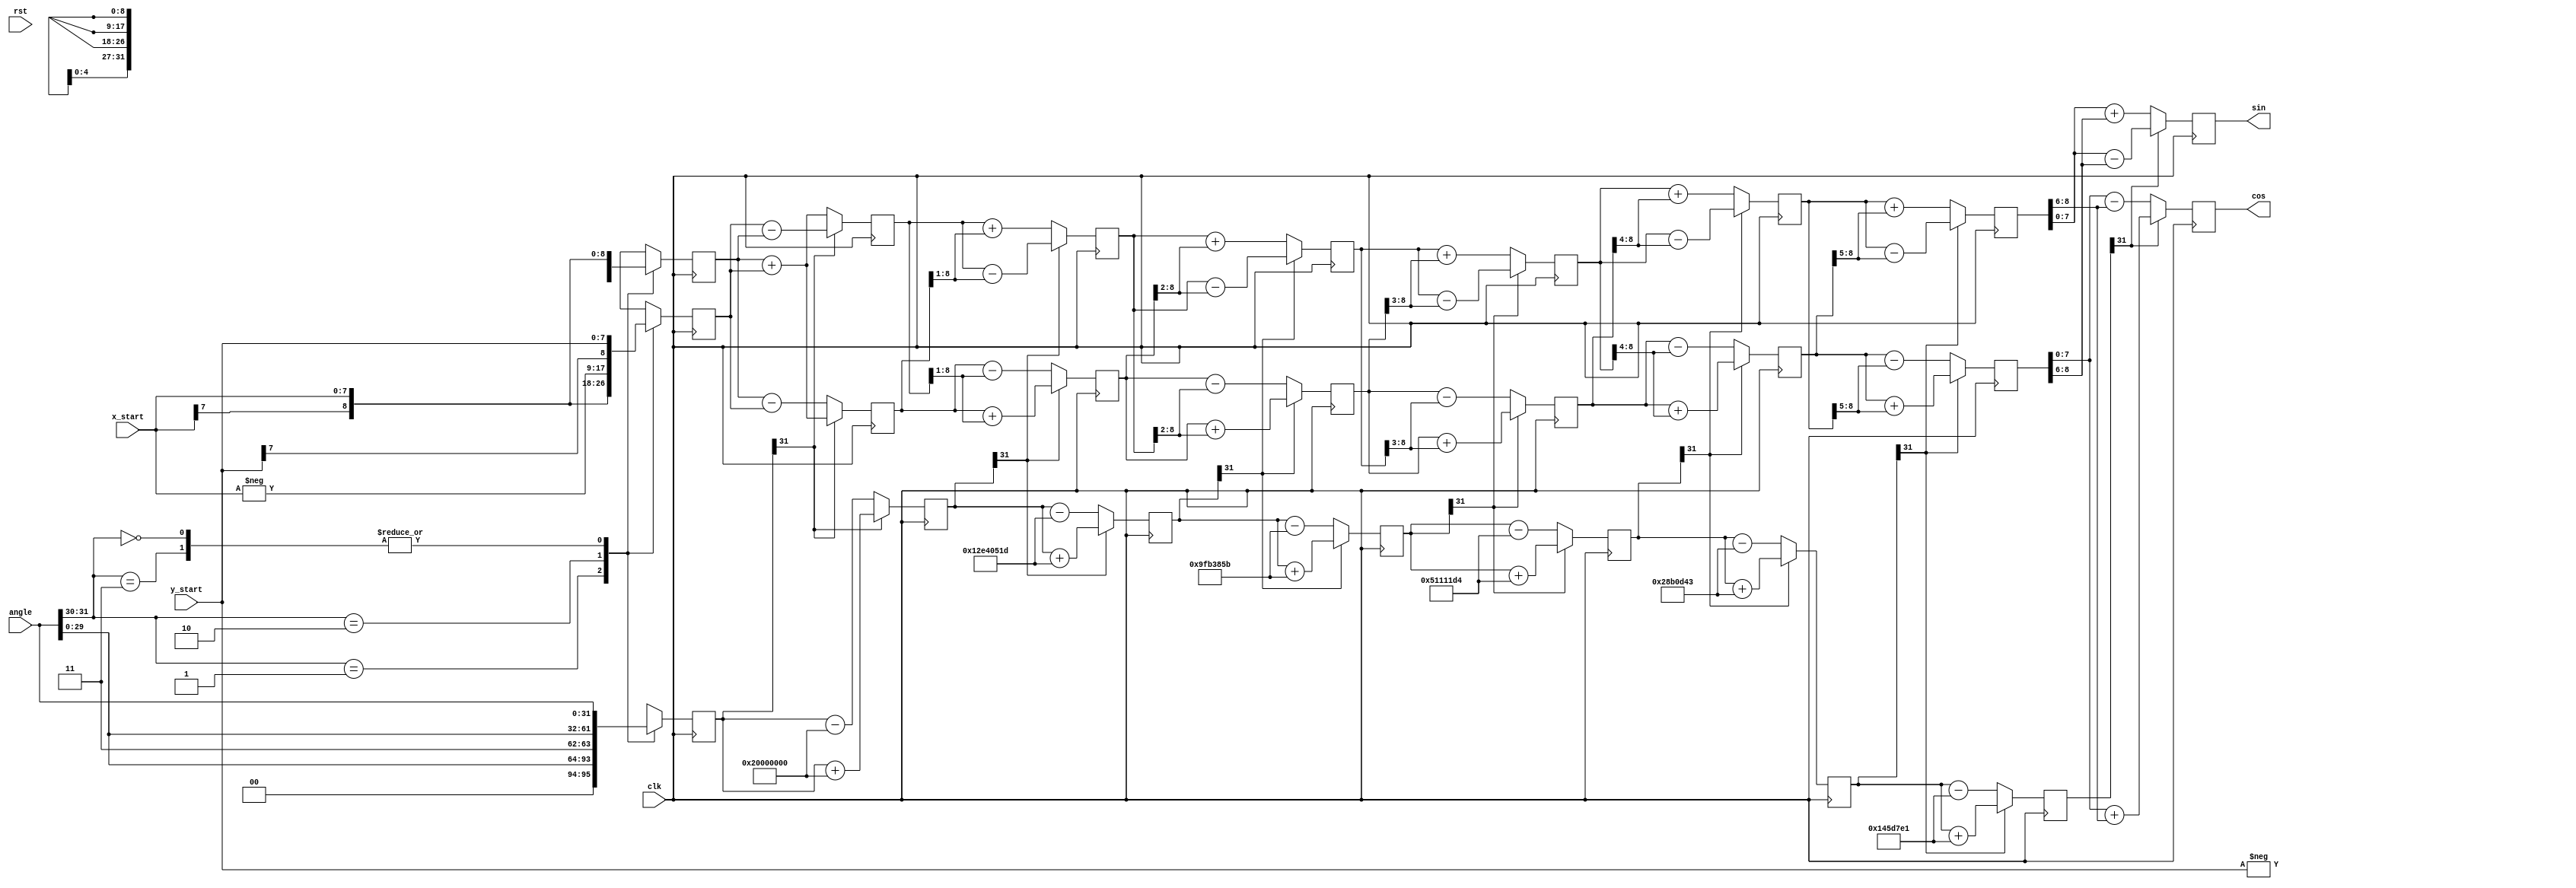
module CORDIC (
  input clk,
  input rst,
  input signed [DWIDTH-1:0] x_start,
  input signed [DWIDTH-1:0] y_start,
  input [31:0] angle,
  output signed  [DWIDTH-1:0]cos,
  output signed  [DWIDTH-1:0] sin 
);

parameter DWIDTH = 8;

// Generate table of atan values
wire signed [31:0] atan_table [0:30];            
assign atan_table[00] = 'b00100000000000000000000000000000; // 45.000 degrees -> atan(2^0)
assign atan_table[01] = 'b00010010111001000000010100011101; // 26.565 degrees -> atan(2^-1)
assign atan_table[02] = 'b00001001111110110011100001011011; // 14.036 degrees -> atan(2^-2)
assign atan_table[03] = 'b00000101000100010001000111010100; // atan(2^-3)
assign atan_table[04] = 'b00000010100010110000110101000011;
assign atan_table[05] = 'b00000001010001011101011111100001;
assign atan_table[06] = 'b00000000101000101111011000011110;
assign atan_table[07] = 'b00000000010100010111110001010101;
assign atan_table[08] = 'b00000000001010001011111001010011;
assign atan_table[09] = 'b00000000000101000101111100101110;
assign atan_table[10] = 'b00000000000010100010111110011000;
assign atan_table[11] = 'b00000000000001010001011111001100;
assign atan_table[12] = 'b00000000000000101000101111100110;
assign atan_table[13] = 'b00000000000000010100010111110011;
assign atan_table[14] = 'b00000000000000001010001011111001;
assign atan_table[15] = 'b00000000000000000101000101111100;
assign atan_table[16] = 'b00000000000000000010100010111110;
assign atan_table[17] = 'b00000000000000000001010001011111;
assign atan_table[18] = 'b00000000000000000000101000101111;
assign atan_table[19] = 'b00000000000000000000010100010111;
assign atan_table[20] = 'b00000000000000000000001010001011;
assign atan_table[21] = 'b00000000000000000000000101000101;
assign atan_table[22] = 'b00000000000000000000000010100010;
assign atan_table[23] = 'b00000000000000000000000001010001;
assign atan_table[24] = 'b00000000000000000000000000101000;
assign atan_table[25] = 'b00000000000000000000000000010100;
assign atan_table[26] = 'b00000000000000000000000000001010;
assign atan_table[27] = 'b00000000000000000000000000000101;
assign atan_table[28] = 'b00000000000000000000000000000010;
assign atan_table[29] = 'b00000000000000000000000000000001;
assign atan_table[30] = 'b00000000000000000000000000000000;

reg signed [DWIDTH:0] x [0:DWIDTH-1];
reg signed [DWIDTH:0] y [0:DWIDTH-1];
reg signed    [31:0] z [0:DWIDTH-1];
// make sure rotation angle is in -pi/2 to pi/2 range
wire [1:0] quadrant;
assign quadrant = angle[31:30];

always @(posedge clk) begin // make sure the rotation angle is in the -pi/2 to pi/2 range
  case(quadrant)  //
    2'b00: // no changes needed for these quadrants
    begin
      x[0] <= x_start;
      y[0] <= y_start;
      z[0] <= angle;
    end
    2'b01:
    begin
      x[0] <= -y_start;
      y[0] <= x_start;
      z[0] <= {2'b00,angle[29:0]}; // subtract pi/2 for angle in this quadrant
    end
    2'b10:
    begin
      x[0] <= y_start;
      y[0] <= -x_start;
      z[0] <= {2'b11,angle[29:0]}; // add pi/2 to angles in this quadrant
    end
    2'b11: // no changes needed for these quadrants
    begin
      x[0] <= x_start;
      y[0] <= y_start;
      z[0] <= angle;
    end
  endcase
end

// run through iterations
genvar i;
generate
for (i=0; i < (DWIDTH-1); i=i+1)
begin: xyz
  wire z_sign;
  wire signed [DWIDTH:0] x_shr, y_shr;
  assign x_shr = x[i] >>> i; // signed shift right
  assign y_shr = y[i] >>> i;
  //the sign of the current rotation angle
  assign z_sign = z[i][31];
  always @(posedge clk)
  begin //!
    // add/subtract shifted data
    x[i+1] <= z_sign ? x[i] + y_shr : x[i] - y_shr; 
    y[i+1] <= z_sign ? y[i] - x_shr : y[i] + x_shr;
    z[i+1] <= z_sign ? z[i] + atan_table[i] : z[i] - atan_table[i];
  end
end
endgenerate

// assign output
assign cos = x[DWIDTH-1];
assign sin = y[DWIDTH-1];

endmodule